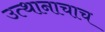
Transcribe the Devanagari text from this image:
उत्थानाचाच